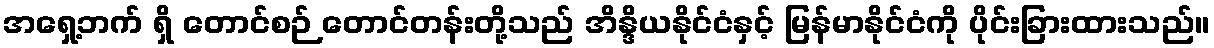
အရှေ့ဘက် ရှိ တောင်စဉ် တောင်တန်းတို့သည် အိန္ဒိယနိုင်ငံနှင့် မြန်မာနိုင်ငံကို ပိုင်းခြားထားသည်။